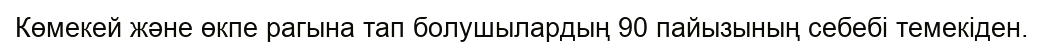
Көмекей және өкпе рагына тап болушылардың 90 пайызының себебі темекіден.